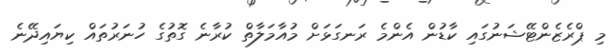
މި ޕްރެޒެންޓޭޝަނުގައި ކާޑުން އެންމެ ރަނގަޅަށް މުއާމަލާތް ކުރާނެ ގޮތުގެ ހުނަރުތައް ކިޔައިދޭނެ